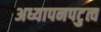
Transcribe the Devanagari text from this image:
अध्यापनपटुत्व